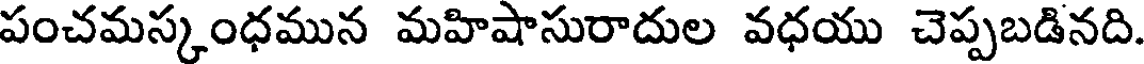
పంచమస్కంధమున మహిషాసురాదుల వధయు చెప్పబడినది.